Indian journal of veterinary science and animal husbandry - Volume 9,
Year: 1939
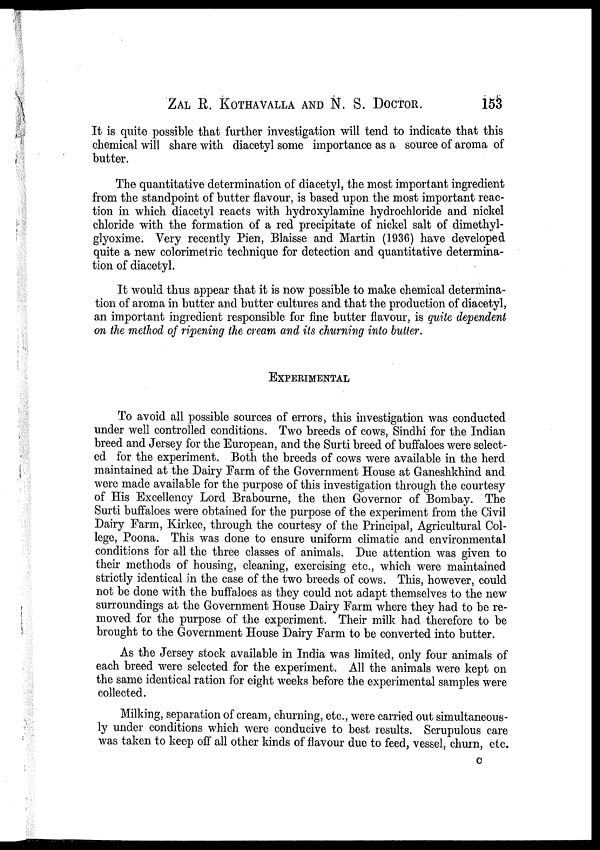
ZAL R. KOTHAVALLA AND N. S. DOCTOR. 153
It is quite possible that further investigation will tend to indicate that this
chemical will share with diacetyl some importance as a source of aroma of
butter.
The quantitative determination of diacetyl, the most important ingredient
from the standpoint of butter flavour, is based upon the most important reac-
tion in which diacetyl reacts with hydroxylamine hydrochloride and nickel
chloride with the formation of a red precipitate of nickel salt of dimethyl-
glyoxime. Very recently Pien, Blaisse and Martin (1936) have developed
quite a new colorimetric technique for detection and quantitative determina-
tion of diacetyl.
It would thus appear that it is now possible to make chemical determina-
tion of aroma in butter and butter cultures and that the production of diacetyl,
an important ingredient responsible for fine butter flavour, is quite dependent
on the method of ripening the cream and its churning into butter.
EXPERIMENTAL
To avoid all possible sources of errors, this investigation was conducted
under well controlled conditions. Two breeds of cows, Sindhi for the Indian
breed and Jersey for the European, and the Surti breed of buffaloes were select-
ed for the experiment. Both the breeds of cows were available in the herd
maintained at the Dairy Farm of the Government House at Ganeshkhind and
were made available for the purpose of this investigation through the courtesy
of His Excellency Lord Brabourne, the then Governor of Bombay. The
Surti buffaloes were obtained for the purpose of the experiment from the Civil
Dairy Farm, Kirkee, through the courtesy of the Principal, Agricultural Col-
lege, Poona. This was done to ensure uniform climatic and environmental
conditions for all the three classes of animals. Due attention was given to
their methods of housing, cleaning, exercising etc., which were maintained
strictly identical in the case of the two breeds of cows. This, however, could
not be done with the buffaloes as they could not adapt themselves to the new
surroundings at the Government House Dairy Farm where they had to be re-
moved for the purpose of the experiment. Their milk had therefore to be
brought to the Government House Dairy Farm to be converted into butter.
As the Jersey stock available in India was limited, only four animals of
each breed were selected for the experiment. All the animals were kept on
the same identical ration for eight weeks before the experimental samples were
collected.
Milking, separation of cream, churning, etc., were carried out simultaneous-
-y under conditions which were conducive to best results. Scrupulous care
was taken to keep off all other kinds of flavour due to feed, vessel, churn, etc.
C